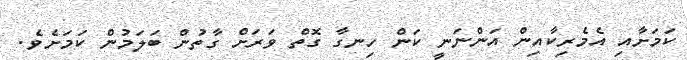
ކަމަށާއި އެމެރިކާއިން އަންނަނީ ކަން ހިނގާ ގޮތް ވަރަށް ގާތުން ބަލަމުން ކަމަށެވެ.